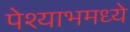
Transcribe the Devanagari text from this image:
पेश्याभमध्ये